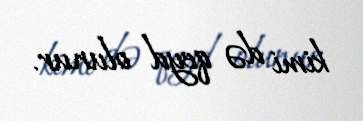
kimi də qeyd olunur.